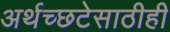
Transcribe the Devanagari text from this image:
अर्थच्छटेसाठीही